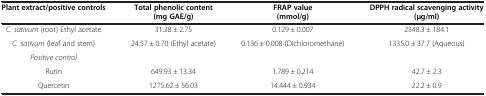
| Plant extract/positive controls | Total phenolic content (mg GAE/g) | FRAP value (mmol/g) | DPPH radical scavenging activity (μg/ml) |
 | --- | --- | --- | --- |
 | C. sativum (root) Ethyl acetate | 31.38 ± 2.75 | 0.129 ± 0.007 | 2348.3 ± 184.1 |
 | C. sativum (leaf and stem) | 24.57 ± 0.70 (Ethyl acetate) | 0.136 ± 0.008 (Dichloromethane) | 1335.0 ± 37.7 (Aqueous) |
 | Positive control |  |  |  |
 | Rutin | 649.93 ± 13.34 | 1.789 ± 0.214 | 42.7 ± 2.3 |
 | Quercetin | 1275.62 ± 56.03 | 14.444 ± 0.934 | 22.2 ± 0.9 |